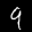
Label: 9